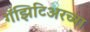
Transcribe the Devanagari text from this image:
गॅझिटिअरच्या